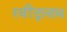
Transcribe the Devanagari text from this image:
रवींद्रानाथ